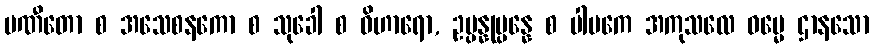
ပဏီတော စ အသေစနကော စ သုခေါ စ ဝိဟာရော, ဥပ္ပန္နုပ္ပန္နေ စ ပါပကေ အကုသလေ ဓမ္မေ ဌာနသော